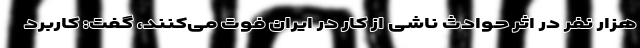
هزار نفر در اثر حوادث ناشی از کار در ایران فوت می­‌کنند، گفت: کاربرد